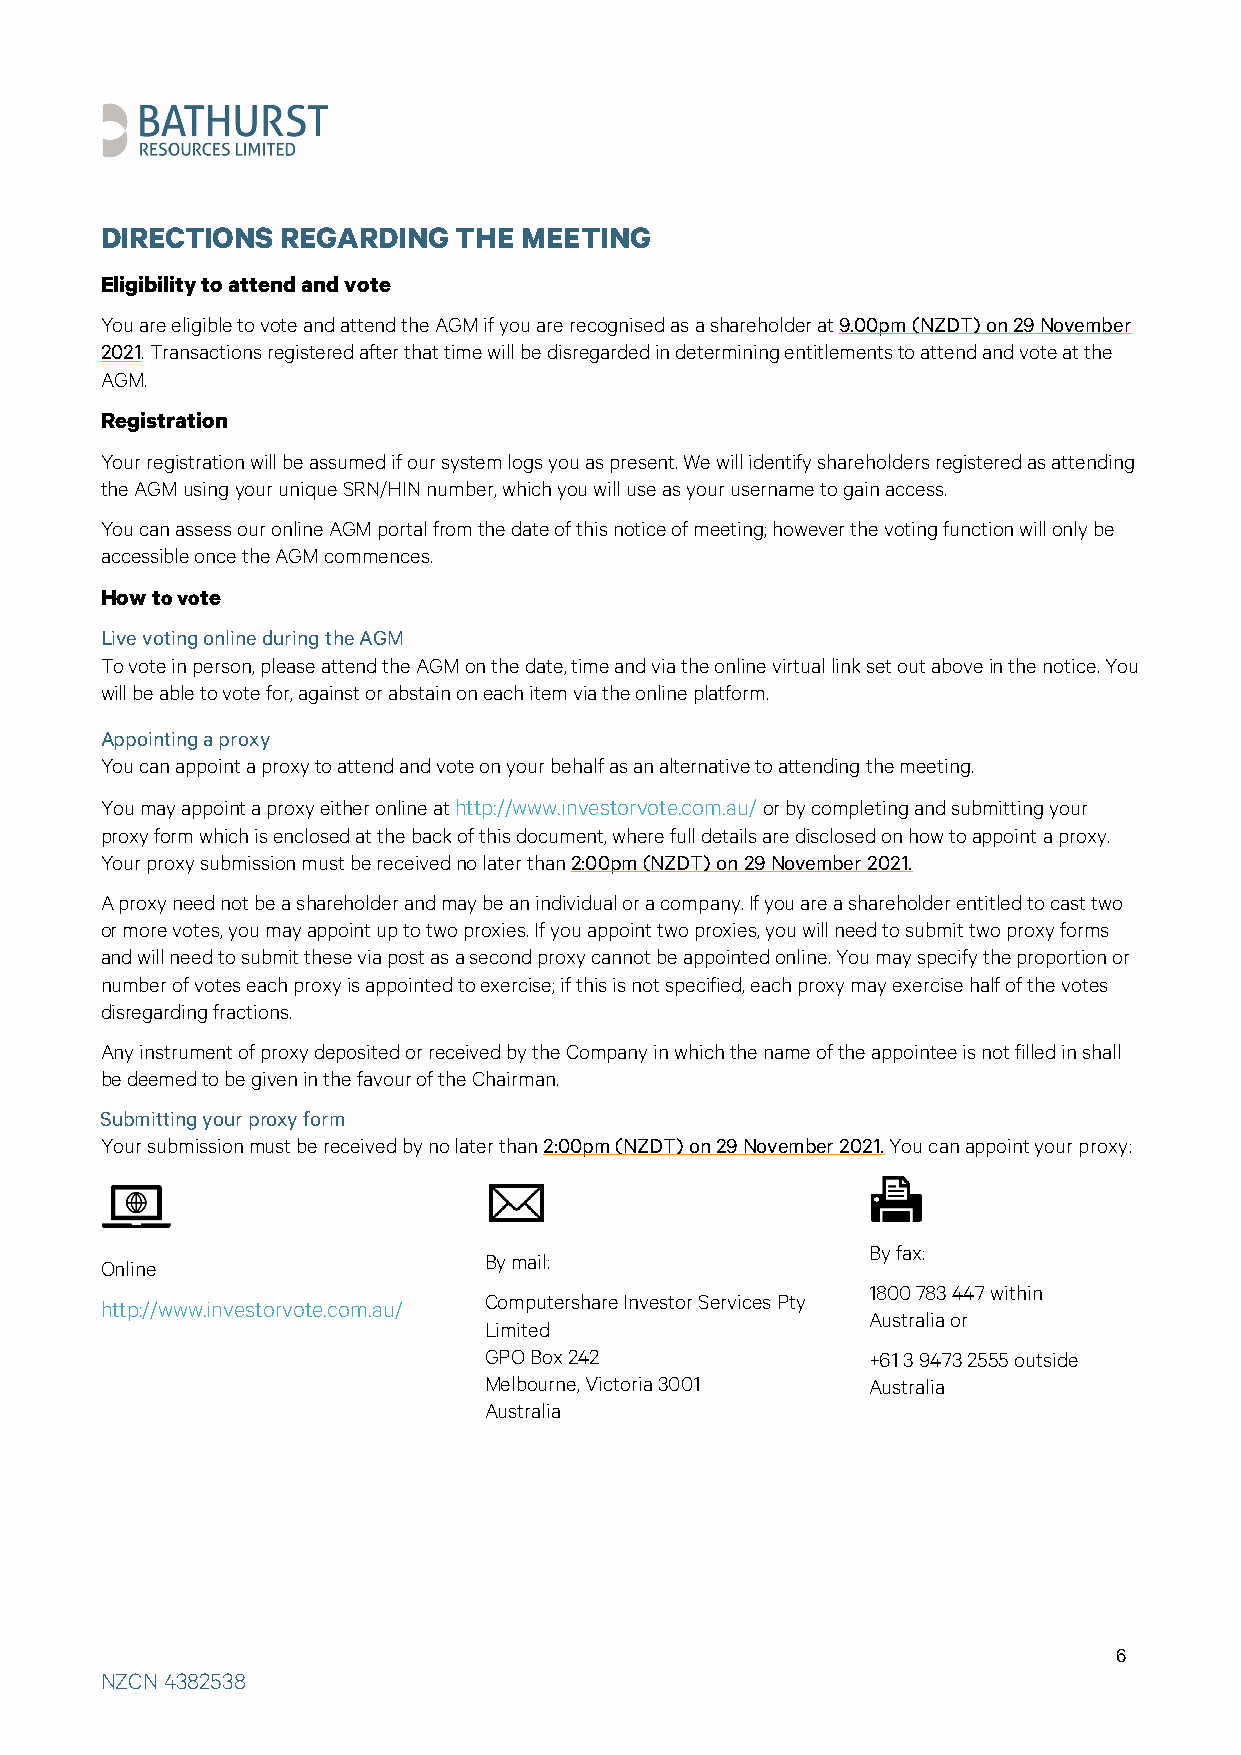
DIRECTIONS  REGARDING  THE MEETING
 Eligibility to attend and vote
 You are eligible to vote and attend the AGM if you are recognised as a shareholder at 9.00pm (NZDT) on 29 November
 2021. Transactions registered after that time will be disregarded in determining entitlements to attend and vote at the
 AGM.
 Registration
 Your registration will be assumed if our system logs you as present. We will identify shareholders registered as attending
 the AGM using your unique SRN/HIN number, which you will use as your username to gain access.
 You can assess our online AGM portal from the date of this notice of meeting; however the voting function will only be
 accessible once the AGM commences.
 How to vote
 Live voting online during the AGM
 To vote in person, please attend the AGM on the date, time and via the online virtual link set out above in the notice. You
 will be able to vote for, against or abstain on each item via the online platform.
 Appointing a proxy
 You can appoint a proxy to attend and vote on your behalf as an alternative to attending the meeting.
 You may appoint a proxy either online at http://www.investorvote.com.au/ or by completing and submitting your
 proxy form which is enclosed at the back of this document, where full details are disclosed on how to appoint a proxy.
 Your proxy submission must be received no later than 2:00pm (NZDT) on 29 November 2021.
 A proxy need not be a shareholder and may be an individual or a company. If you are a shareholder entitled to cast two
 or more votes, you may appoint up to two proxies. If you appoint two proxies, you will need to submit two proxy forms
 and will need to submit these via post as a second proxy cannot be appointed online. You may specify the proportion or
 number of votes each proxy is appointed to exercise; if this is not specified, each proxy may exercise half of the votes
 disregarding fractions.
 Any instrument of proxy deposited or received by the Company in which the name of the appointee is not filled in shall
 be deemed to be given in the favour of the Chairman.
 Submitting your proxy form
 Your submission must be received by no later than 2:00pm (NZDT) on 29 November 2021. You can appoint your proxy:
 By fax:
 Online                   By mail:
 1800 783 447 within
 Computershare Investor Services Pty
 http://www.investorvote.com.au/
 Australia or
 Limited
 GPO Box 242              +61 3 9473 2555 outside
 Melbourne, Victoria 3001 Australia
 Australia
 6
 NZCN 4382538